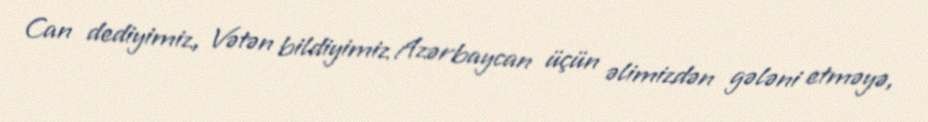
Can dediyimiz, Vətən bildiyimiz Azərbaycan üçün əlimizdən gələni etməyə,